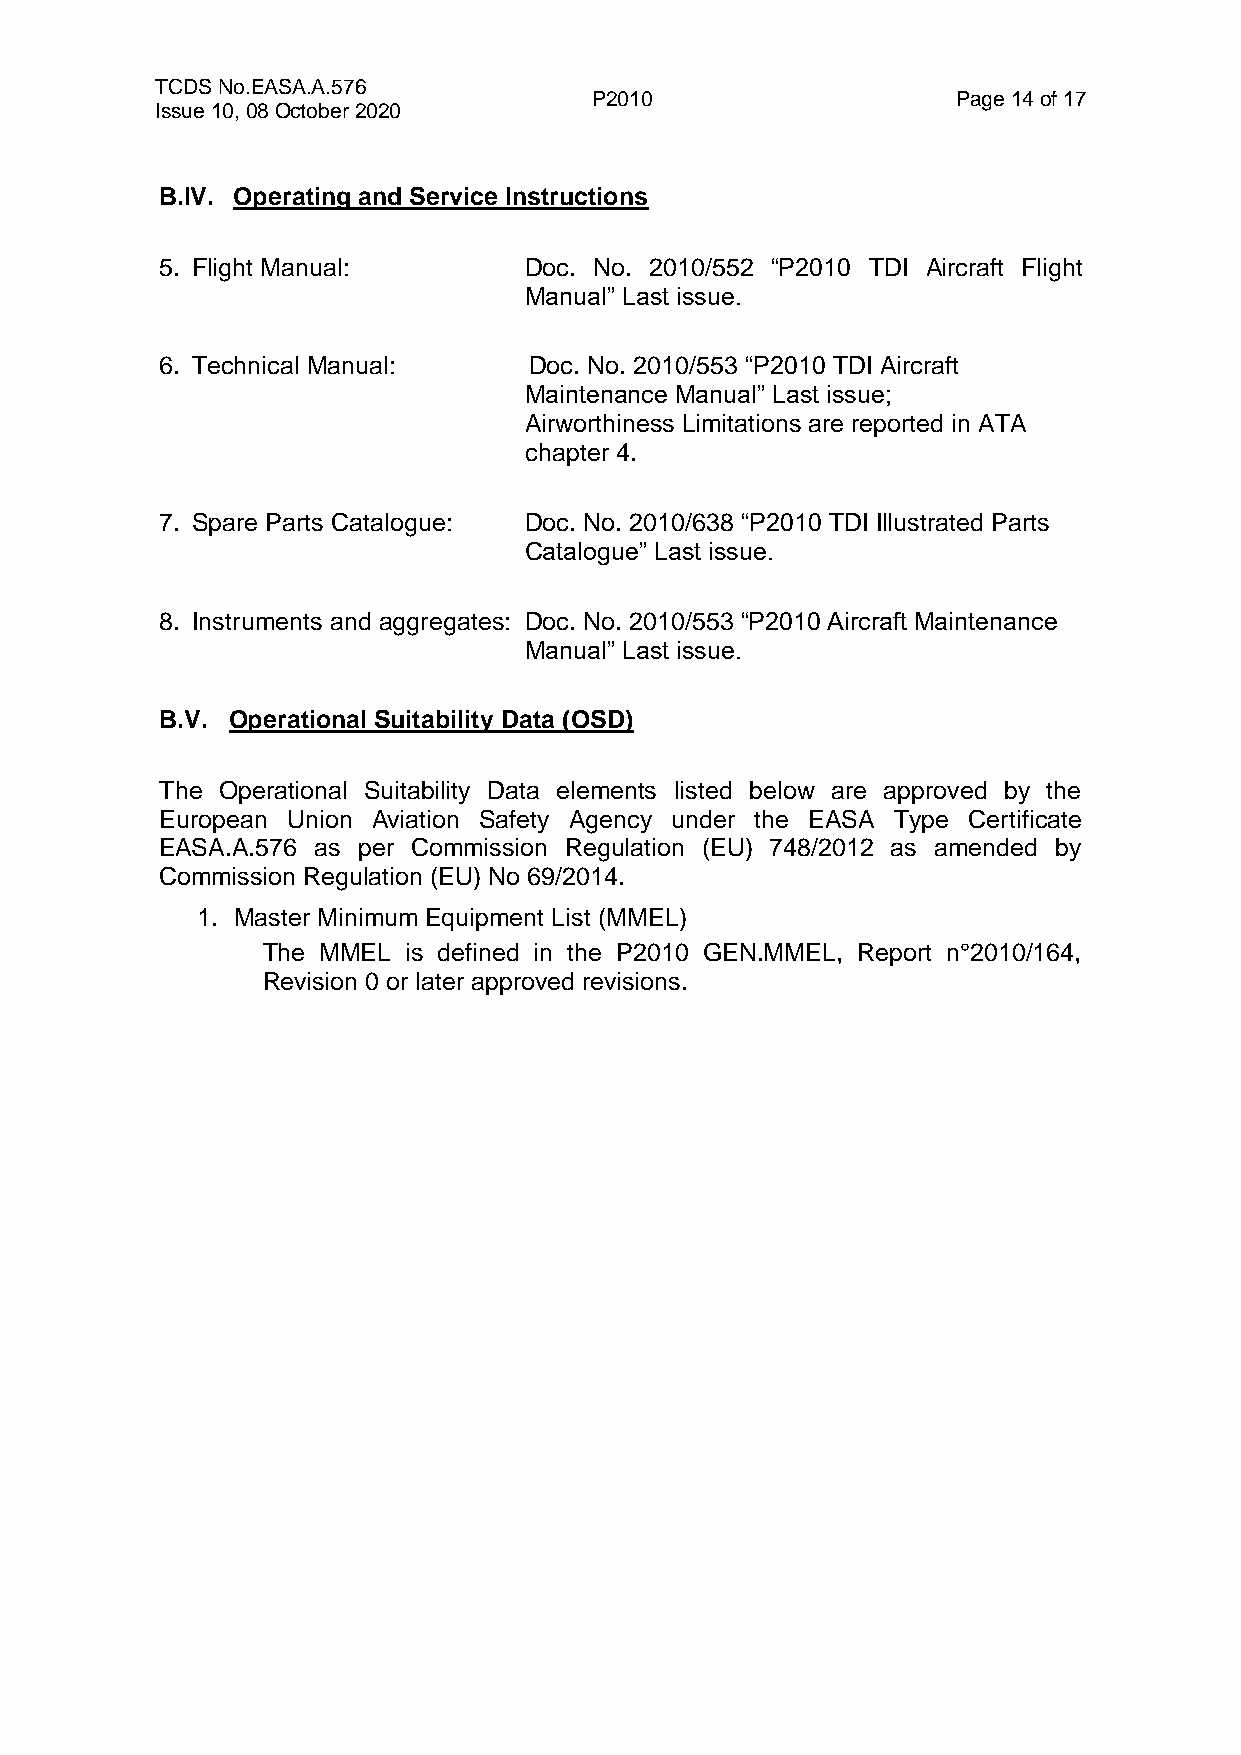
TCDS No.EASA.A.576
 P2010                   Page 14 of 17
 Issue 10, 08 October 2020
 B.IV. Operating and Service Instructions
 5. Flight Manual:       Doc. No. 2010/552 “P2010 TDI Aircraft Flight
 Manual” Last issue.
 6. Technical Manual:    Doc. No. 2010/553 “P2010 TDI Aircraft
 Maintenance Manual” Last issue;
 Airworthiness Limitations are reported in ATA
 chapter 4.
 7. Spare Parts Catalogue: Doc. No. 2010/638 “P2010 TDI Illustrated Parts
 Catalogue” Last issue.
 8. Instruments and aggregates: Doc. No. 2010/553 “P2010 Aircraft Maintenance
 Manual” Last issue.
 B.V. Operational Suitability Data (OSD)
 The Operational Suitability Data elements listed below are approved by the
 European Union Aviation Safety Agency under the EASA Type Certificate
 EASA.A.576 as per Commission Regulation (EU) 748/2012 as amended by
 Commission Regulation (EU) No 69/2014.
 1. Master Minimum Equipment List (MMEL)
 The MMEL  is defined in the P2010 GEN.MMEL, Report n°2010/164,
 Revision 0 or later approved revisions.